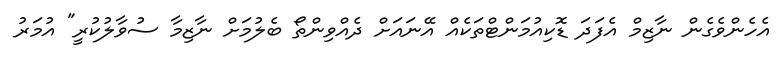
އެހެންވެގެން ނާޒިމް އެފަދަ ޑޮކިއުމަންޓްތަކެއް އޭނައަށް ދެއްވިންތޯ ބެލުމަށް ނާޒިމާ ސުވާލުކުރީ" އުމަރު